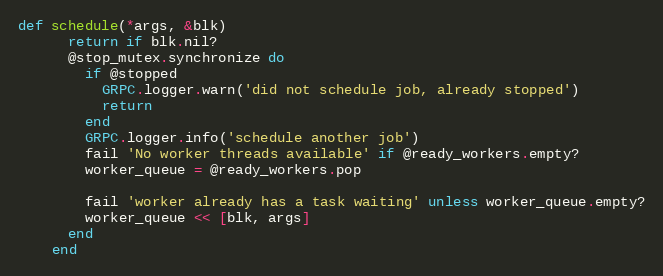
Language: Ruby
def schedule(*args, &blk)
      return if blk.nil?
      @stop_mutex.synchronize do
        if @stopped
          GRPC.logger.warn('did not schedule job, already stopped')
          return
        end
        GRPC.logger.info('schedule another job')
        fail 'No worker threads available' if @ready_workers.empty?
        worker_queue = @ready_workers.pop

        fail 'worker already has a task waiting' unless worker_queue.empty?
        worker_queue << [blk, args]
      end
    end